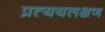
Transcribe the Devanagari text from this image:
प्रत्ययलक्षण